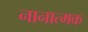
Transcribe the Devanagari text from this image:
नानात्मक